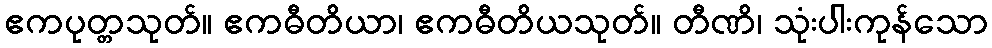
ဧကပုတ္တသုတ်။ ဧကဓီတိယာ၊ ဧကဓီတိယသုတ်။ တီဏိ၊ သုံးပါးကုန်သော